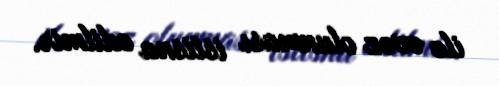
ilə əvəz olunması istisna edilmir.